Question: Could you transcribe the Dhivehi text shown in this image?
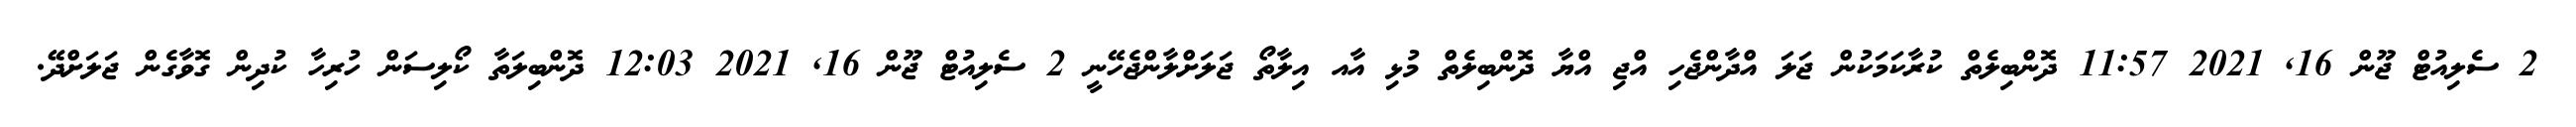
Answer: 2 ސެލިއުޓް ޖޫން 16, 2021 11:57 ދޮންބިލެތް ކުރާކަމަކުން ޖަލަ އްދާންޖެހި އްޖި އްޔާ ދޮންބިލެތް މުޅި އާއ އިލާތޯ ޖަލަށްލާންޖެހޭނީ 2 ސެލިއުޓް ޖޫން 16, 2021 12:03 ދޮންބިލަތާ ކޯލިސަން ހުރިހާ ކުދިން ގޮވާގެން ޖަލަށްދޭ.